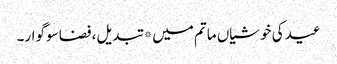
عید کی خوشیاں ماتم میں* تبدیل، فضا سوگوار۔